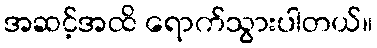
အဆင့်အထိ ရောက်သွားပါတယ်။